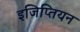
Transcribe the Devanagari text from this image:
इजिप्तियन